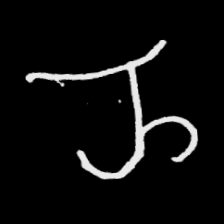
Pyu character \u2014 Myanmar letter: ည (romanized: nya)